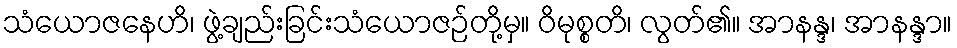
သံယောဇနေဟိ၊ ဖွဲ့ချည်းခြင်းသံယောဇဉ်တို့မှ။ ဝိမုစ္စတိ၊ လွတ်၏။ အာနန္ဒ၊ အာနန္ဒာ။